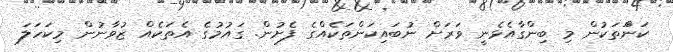
ކަނަްތަކުން މި ބިންގާއެޅެނީ ވަރަށް ނުބައިކަންތަކެއްގެ ފެށުން. ގައުމުގެ އެތަކެއް ޒުވާނުން މިކަހަލަ